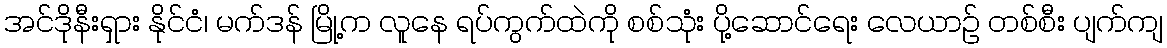
အင်ဒိုနီးရှား နိုင်ငံ၊ မက်ဒန် မြို့က လူနေ ရပ်ကွက်ထဲကို စစ်သုံး ပို့ဆောင်ရေး လေယာဉ် တစ်စီး ပျက်ကျ